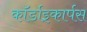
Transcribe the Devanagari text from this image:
कॉर्डाइकार्पस